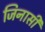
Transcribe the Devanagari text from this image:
जिनासी